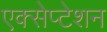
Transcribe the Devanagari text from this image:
एक्सेप्टेशन